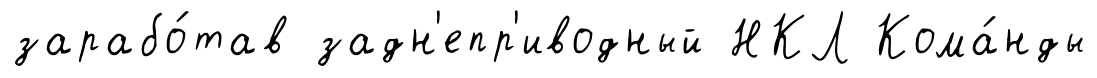
зарабо́тав задн'епр'иводный НКЛ Кома́нды